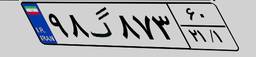
۳۹گ۲۸۶۶۱